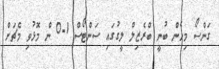
ގަންސޯ މިހެން ބުނީ ބްރެޒިލް ލީގުގައި ސަންޓޯސް 1-0 ން މޮޅުވި މެޗަށް